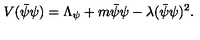
V ( \bar { \psi } \psi ) = \Lambda _ { \psi } + m \bar { \psi } { \psi } - \lambda ( \bar { \psi } \psi ) ^ { 2 } .